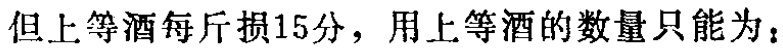
但上等酒每斤损15分，用上等酒的数量只能为：